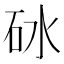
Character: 砅